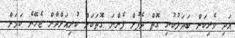
އަދި ވެރިކަން ބަދަލުކުރި ގޮތް ދެފުށް ފެންނަ ގޮތަކަށް ކުރިއަށްދާން ޖެހޭނެ ކަމަށް